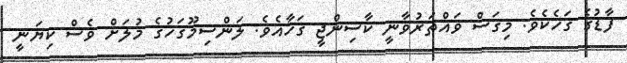
ފާޑުގެ ގަހެކެވެ. މިގަސް ވައްތަރުވާނީ ކާސިންޖީ ގަހާއެވެ. ލަންސިމޫގަހުގެ މުލަށް ވެސް ކިޔަނީ